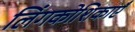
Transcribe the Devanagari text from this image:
लिंगकोशिकाएँ